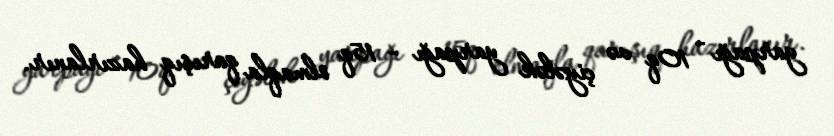
yarpağı - 10q və çiyələk yarpağı - 15q olmaqla qarışıq hazırlanır.